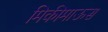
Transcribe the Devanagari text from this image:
मिकीमाऊस